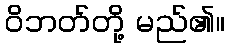
ဝိဘတ်တို့ မည်၏။